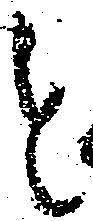
と